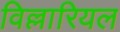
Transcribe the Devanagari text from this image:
विल्लारियल